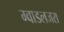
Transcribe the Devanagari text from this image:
ग्वाडलजरा